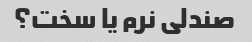
صندلی نرم یا سخت؟